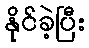
နိုင်ခဲ့ပြီး